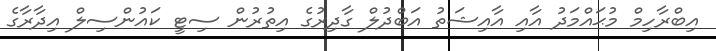
އިބްރާހިމް މުޙައްމަދު އާއި އާއިޝަތު އަބްދުލް ގާދިރުގެ އިތުރުން ސިޓީ ކައުންސިލް އިދާރާގެ